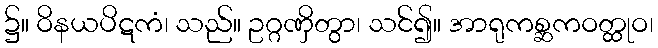
၌။ ဝိနယပိဋကံ၊ သည်။ ဥဂ္ဂဏှိတွာ၊ သင်၍။ အာရုကစ္ဆကဝတ္ထုဝ၊